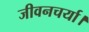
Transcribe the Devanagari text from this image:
जीवनचर्या।